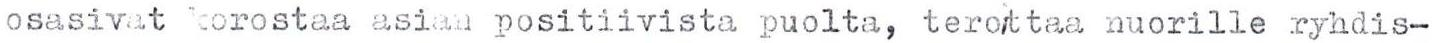
osasivat korostaa asian positiivista puolta, teroittaa nuorille ryhdis-